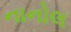
નાનોલ